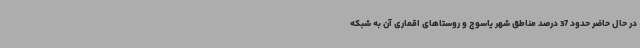
در حال حاضر حدود 37 درصد مناطق شهر یاسوج و روستاهای اقماری آن به شبکه